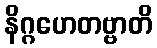
နိဂ္ဂဟေတဗ္ဗာတိ